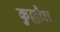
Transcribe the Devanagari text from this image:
कुल्लौघ